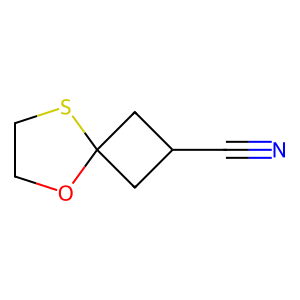
SMILES: N#CC1CC2(C1)OCCS2
Inhibits HIV replication: No